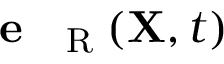
\textbf { e } _ { \mathrm { ~ \tiny ~ R ~ } } ( { \bf X } , t )